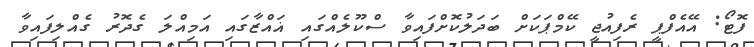
ފޮޓޯ: އޭއެފްޕީ ރެފިއުޖީ ކޭމްޕަކަށް ބަދަލުކޮށްފައިވާ ސްކޫލެއްގައި ޣައްޒާގައި އަމިއްލަ ގެދޮރު ގެއްލިފައިވާ